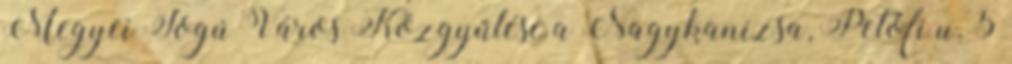
Megyei Jogú Város Közgyűlése a Nagykanizsa, Petőfi u. 5